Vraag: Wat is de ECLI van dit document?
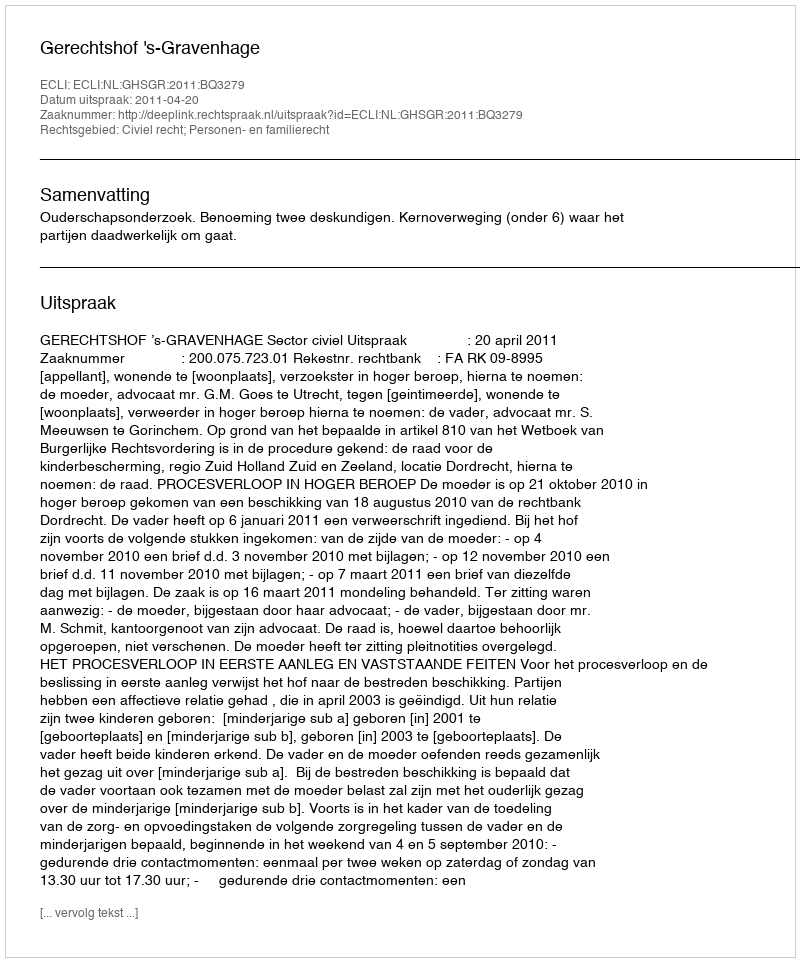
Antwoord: ECLI:NL:GHSGR:2011:BQ3279